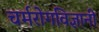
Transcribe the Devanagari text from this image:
चर्मरोगविज्ञानी